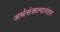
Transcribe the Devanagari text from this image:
अर्थसंकल्पानंतर